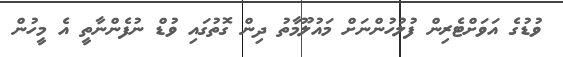
ވުޑުގެ އަވަށްޓެރިން ފުލުހުންނަށް މައުލޫމާތު ދިން ގޮތުގައި ވުޑް ނުފެންނާތީ އެ މީހުން